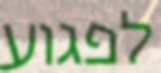
לפגוע